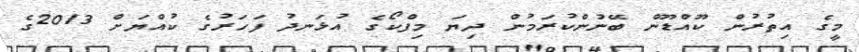
މީގެ އިތުރުން ކޫއްޑޫން ބޭނުންކުރަމުން ދިޔަ މިފްކޯގެ އުޅަނދު ފަހަރުގެ ކުއްޔަށް 2013ގެ